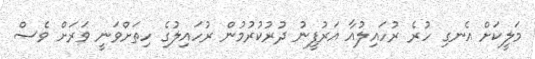
މަލީކަށް އެނގި ހުރެ ރުހައިލުއާ އަރުފީނު ދުރުކުރުމުން ރުހައިލުގެ ހިތަށްވަނީ ވަރަށް ވެސް